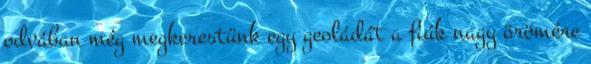
odvában még megkerestünk egy geoládát a fiúk nagy örömére